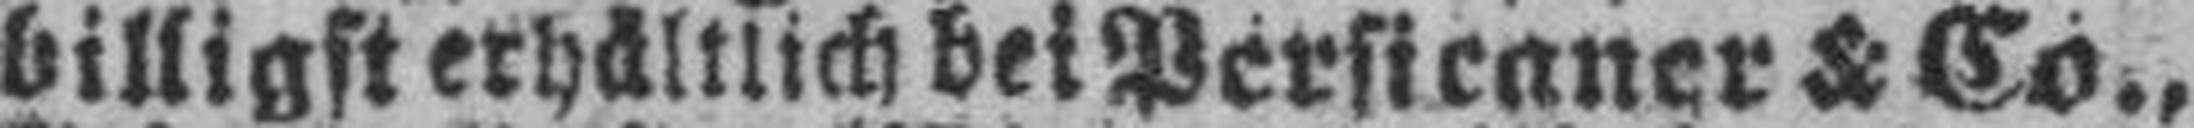
billigst erhältlich bei Persicaner & Co.,